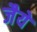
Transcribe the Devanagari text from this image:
जैये